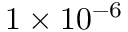
1 \times 1 0 ^ { - 6 }